Vaccination in Bombay 1889-1901 - 1889-1901
Year: 1889
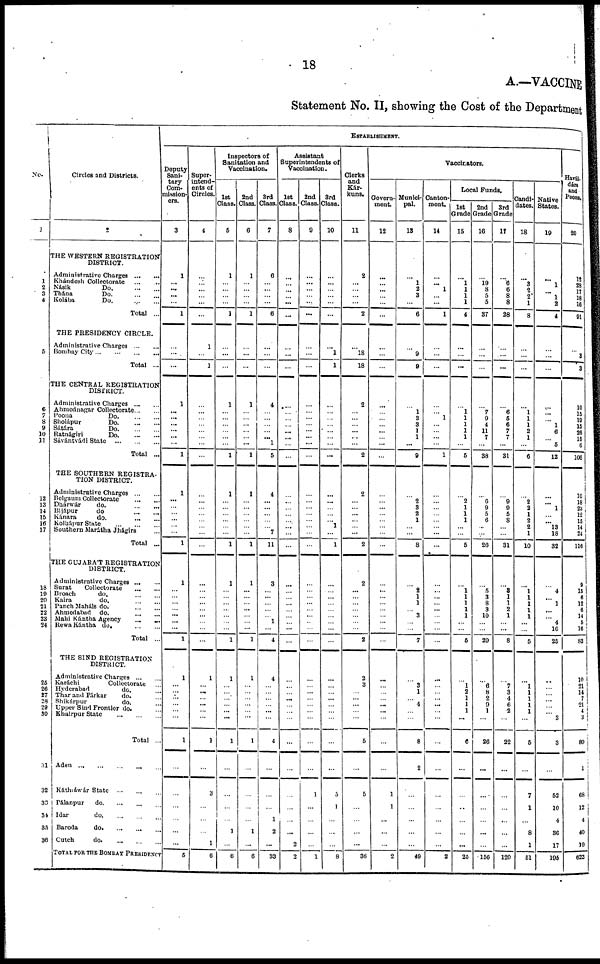
18
A.—VACCINE
Statement No. II, showing the Cost of the Department
No.
1
1
2
3
4
5
6
7
8
10 11
12
13
14
15
16
17
18
19
20
21
22
23
24
25
26
27
28
29 30
31
32
33
34
35
36
Circles and Districts.
2
THE WESTERN REGISTRATION
DISTRICT.
Administrative Charges
...
...
Khándesh Collectorate
...
...
Násik
Do. ... ...
Thána
Do. ... ...
Kolába
Do. ... ...
Total ...
THE PRESIDENCY CIRCLE.
Administrative Charges ... ...
Bombay City
...
...
...
...
Total ...
THE CENTRAL REGISTRATION
DISTRICT.
Administrative Charges
...
...
Ahmednagar Collectorate ... ...
Poona Do. ... ...
Sholápur Do. ... ...
Sátara Do. ... ...
Ratnágiri Do. ... ...
Sávántvádi State
...
...
...
Total ...
THE SOUTHERN REGISTRA-
TION DISTRICT.
Administrative Charges
...
...
Belgaum Collectorate
...
...
Dhárwar do. ... ...
Bijápur do. ... ...
Kánara do. ... ...
Kolhápur State ... ... ...
Southern Marátha Jhágirs ...
Total ...
THE GUJARÁT REGISTRATION
DISTRICT.
Administrative Charges
...
...
Surat
Collectorate
...
...
Broach do. ... ...
Kaira do. ... ...
Panch Maháls do. ... ...
Ahmedabad do. ... ...
Mahi Kántha Agency ... ...
Rewa Kántha do. ... ...
Total ...
THE SIND REGISTRATION
DISTRICT.
Administrative Charges ... ...
Karáchi
Collectorate ...
Hyderabad
do. ...
Thar and Párkar
do. ...
Shikárpur
do. ...
Upper Sind Frontier do. ...
Khairpur State
...
...
...
Total ...
Aden
...
...
...
...
...
Káthiáwár State
... ... ...
Pálanpur do. ... ... ...
Idar
do.
...
...
...
Baroda
do. ... ... ...
Cutch
do. ... ... ...
TOTAL FOR THE BOMBAY PRESIDENCY
ESTABLISHMENT.
Deputy
Sani-
tary
Com-
mission-
ers.
3
1
...
...
...
...
1
...
...
1
...
...
...
...
...
...
1
1
...
...
... ...
...
...
1
1
...
...
...
... ...
... ...
1
1
...
...
...
...
...
...
1
...
...
...
...
...
...
6
Super-
intend-
ents of
Circles.
4
...
...
...
...
...
...
1
...
...
...
...
...
...
...
...
...
...
...
...
...
...
...
...
...
...
...
...
...
...
...
...
...
...
...
1
... ...
...
...
...
...
1
...
3
...
...
...
1
6
Inspectors of
Sanitation and
Vaccination.
1st
Class.
5
1
...
...
...
...
1
...
...
...
1
...
...
...
...
...
...
1
1
...
...
...
...
...
...
1
1
...
...
...
...
...
...
...
1
1
...
...
...
...
... ...
1
...
...
...
...
1
...
6
2nd
Class.
6
1
...
...
...
...
1
...
...
...
1
...
...
...
...
...
...
1
1
...
...
...
...
...
...
1
1
...
...
...
...
...
...
...
...
1
...
...
... ...
...
...
1
...
...
...
...
1
...
6
3rd
Class.
7
6
...
...
...
...
6
...
...
...
4
...
...
...
...
... 1
5
4
...
...
...
...
...
7
11
3
...
...
...
...
... 1
...
4
4
...
...
...
...
...
...
4
...
...
...
1
2
...
33
Assistant
Superintendents of
Vaccination.
1st
Class.
8
...
...
...
...
...
...
...
...
...
...
...
...
... ...
...
...
...
...
...
...
...
...
...
...
...
...
...
...
...
...
...
...
...
...
...
...
...
...
...
...
...
...
...
...
...
...
...
2
2
2nd
Class.
9
...
...
...
...
...
...
...
...
...
...
...
...
...
...
...
...
...
...
...
...
...
...
...
...
...
...
...
...
...
...
...
...
...
...
...
...
...
...
...
...
...
...
...
1
...
...
...
...
1
3rd
Class.
10
...
...
...
...
...
...
1
1
...
...
...
...
...
...
...
...
...
...
...
...
... 1
...
1
...
...
...
...
...
...
...
...
...
...
...
...
...
...
...
...
...
...
5
1
...
...
...
8
Clerks
and
Kár¬
kuns.
11
2
...
...
...
...
2
...
18
18
2
...
...
...
...
...
...
2
2
...
... ...
...
... ...
2
2
...
...
...
...
...
...
...
2
2
3
...
...
...
...
...
5
...
5
...
...
...
...
36
Vaccinators.
Govern-
ment.
12
...
...
...
...
...
...
...
...
...
...
...
...
...
...
...
...
...
...
...
...
...
...
...
...
...
...
...
...
...
...
...
...
...
...
...
...
...
... ...
...
...
...
...
1
1
...
...
...
2
Munici-
pal.
13
...
1
2
3
...
6
...
9
9
...
1
3
3
1
1
...
9
...
2
3
2
1
...
...
8
...
2
1
1
... 3
...
...
7
...
3
1
... 4
...
...
8
2
...
...
...
...
...
49
Canton-
ment.
14
...
... 1
...
...
1
...
...
...
...
...
1
...
...
...
...
1
...
...
...
...
...
...
...
...
...
...
...
...
...
...
...
...
...
...
...
...
... ...
...
...
...
...
...
...
...
...
...
2
Local Funds.
1st
Grade
15
...
1
1
1
1
4
...
...
...
...
1
1 1
1
1
...
5
...
2
1
1
1
...
...
5
...
1
1
1
1
1
...
...
6
...
1
2
1
1
1
...
6
...
...
...
...
...
...
25
2nd
Grade
16
...
19
8
5
5
37
...
...
...
...
7
9
4
11
7
...
38
...
6
9
5
6
...
...
26
...
5
3
8
3
10
...
...
29
...
6
8
2
9
1
...
26
...
...
...
...
...
...
156
3rd
Grade
17
...
6
6
8
8
28
...
...
...
...
6
5
6
7
7
...
31
...
9
9
5
8
...
...
31
...
3
1
1
2
1
...
...
8
...
7
3
4
6
2
...
22
...
...
...
...
...
...
120
Candi-
dates.
18
...
3
2
2
1
8
...
...
...
...
1
1
1
2
1
...
6
...
2
2
1
2
2
1
10
...
1
1
1
1
1
...
...
5
...
1 1
1 1
1
...
5
...
7
1
...
8
1
61
Native
States.
19
...
1
... 1
2
4
...
...
...
...
...
... 1
6
...
5
12
...
...
1
... ...
13
18
32
...
4
... 1
...
... 4
16
25
...
...
...
... ...
... 3
3
...
52
10
4
36
17
195
Havál¬
dárs
and
Peons.
20
12
...
...
18
16
91
...
3
3
10
15
19
15
26
15
6
106
10
18
23
12
15
14
24
116
9
15
6
12
6
14
5
16
83
10
21 14
7
21
4
3
80
1
68
12
4
40
19
623